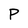
Character: P